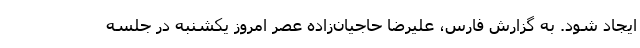
ایجاد شود. به گزارش فارس، علیرضا حاجیان‌زاده عصر امروز یکشنبه در جلسه